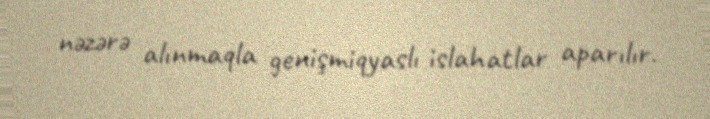
nəzərə alınmaqla genişmiqyaslı islahatlar aparılır.